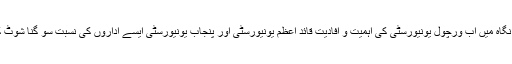
میری ناقص نگاہ میں اب وَرچول یونیورسٹی کی اہمیت و افادیت قائد اعظم یونیورسٹی اور پنجاب یونیورسٹی ایسے اداروں کی نسبت سو گنا شُوٹ کر چکی ہے۔